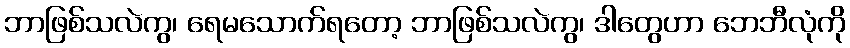
ဘာဖြစ်သလဲကွ၊ ရေမသောက်ရတော့ ဘာဖြစ်သလဲကွ၊ ဒါတွေဟာ ဘေဘီလုံကို